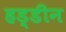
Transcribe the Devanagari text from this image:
हड्डीन